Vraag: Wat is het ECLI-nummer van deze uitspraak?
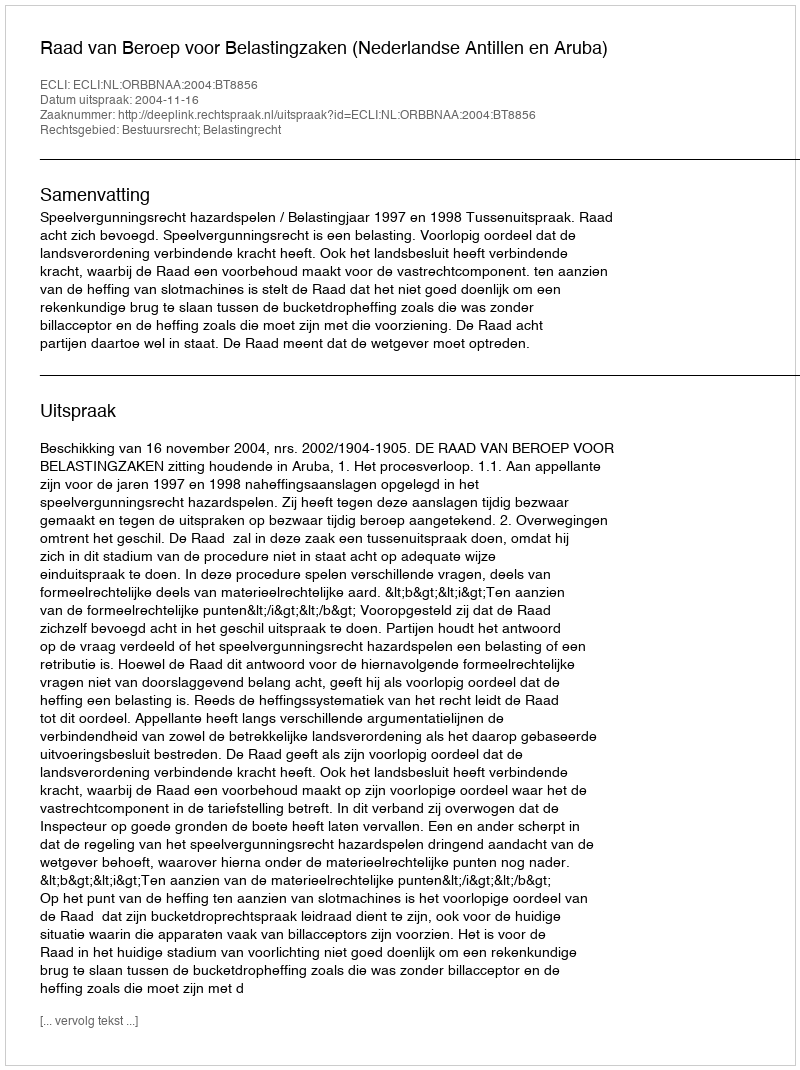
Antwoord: ECLI:NL:ORBBNAA:2004:BT8856